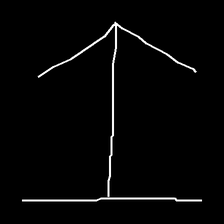
Glyph: levitation